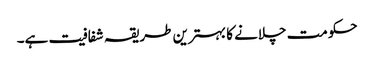
حکومت چلانے کا بہترین طریقہ شفافیت ہے۔